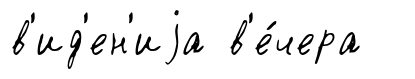
в'ид'ен'иjа в'е́чера